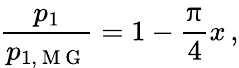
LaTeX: \frac{p_{1}}{p_{1,\mathrm{~M~G~}}}=1-\frac{\uppi}{4}x\, ,